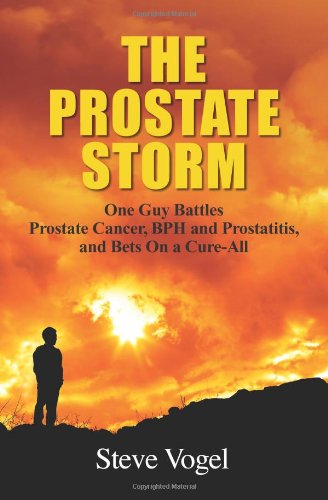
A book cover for The Prostate Storm: One Guy Battles Prostate Cancer, BPH and Prostatitis, and Bets On a Cure-All; Steve Vogel; Health, Fitness & Dieting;